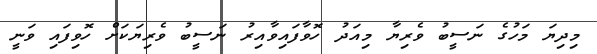
މިދިޔަ މަހުގެ ނަސީބު ވެރިޔާ މިއަދު ހޮވާފައިވާއިރު ނަސީބު ވެރިޔަކަށް ހޮވިފައި ވަނީ